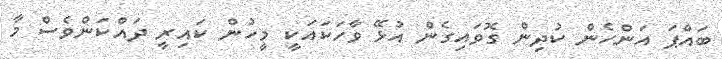
ބައްޕަ އަންހެން ކުދިން ގޮވައިގެން އުޅޭ ވާހަކައަކީ މީހުން ކައިރީ ދައްކަންވެސް މާ